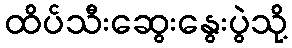
ထိပ်သီးဆွေးနွေးပွဲသို့